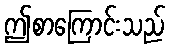
ဤစာကြောင်းသည်